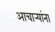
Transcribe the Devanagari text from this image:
आचार्‍यांना